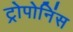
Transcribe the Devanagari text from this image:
ट्रोपोनिंस